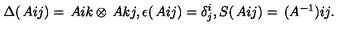
\Delta ( \begin{matrix} { A } \\ \end{matrix} { i } { j } ) = \begin{matrix} { A } \\ \end{matrix} { i } { k } \otimes \begin{matrix} { A } \\ \end{matrix} { k } { j } , \epsilon ( \begin{matrix} { A } \\ \end{matrix} { i } { j } ) = \delta _ { j } ^ { i } , S ( \begin{matrix} { A } \\ \end{matrix} { i } { j } ) = \begin{matrix} { ( A ^ { - 1 } ) } \\ \end{matrix} { i } { j } .